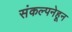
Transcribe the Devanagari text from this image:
संकल्पनेहून